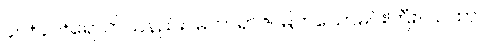
၄၀+၄၁+ရောက်သနည်း။ မဟာရာဇ၊ မြတ်သောမင်းကြီး။ ယထာ၊